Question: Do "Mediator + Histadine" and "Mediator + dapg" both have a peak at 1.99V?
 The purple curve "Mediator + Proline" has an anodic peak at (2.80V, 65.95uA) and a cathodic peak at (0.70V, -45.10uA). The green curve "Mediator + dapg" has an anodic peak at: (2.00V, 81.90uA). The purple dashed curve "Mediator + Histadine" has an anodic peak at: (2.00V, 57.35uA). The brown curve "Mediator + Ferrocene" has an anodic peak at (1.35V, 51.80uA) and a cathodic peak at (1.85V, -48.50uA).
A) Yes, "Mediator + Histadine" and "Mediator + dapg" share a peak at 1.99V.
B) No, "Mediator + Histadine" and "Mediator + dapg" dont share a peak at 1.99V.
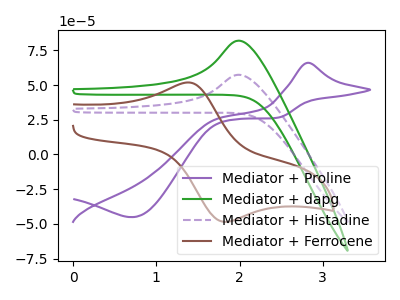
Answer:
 <answer>A) Yes, "Mediator + Histadine" and "Mediator + dapg" share a peak at 1.99V.</answer>
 <eval>A</eval>